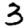
Digit: 3